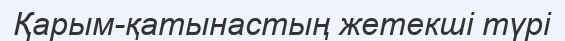
Қарым-қатынастың жетекші түрі